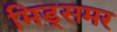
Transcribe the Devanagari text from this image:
मिड्‌समर